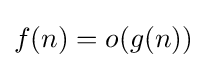
f(n)=o(g(n))